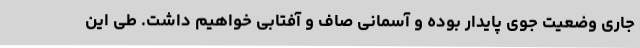
جاری وضعیت جوی پایدار بوده و آسمانی صاف و آفتابی خواهیم داشت. طی این